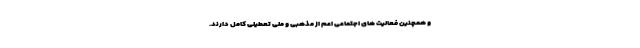
و همچنین فعالیت های اجتماعی اعم از مذهبی و ملی تعطیلی کامل دارند.